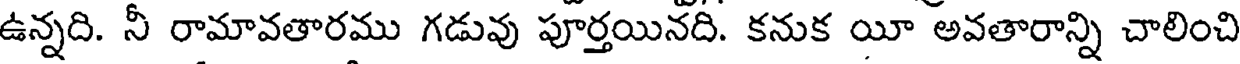
ఉన్నది. నీ రామావతారము గడువు పూర్తయినది. కనుక యీ అవతారాన్ని చాలించి